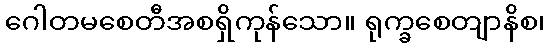
ဂေါတမစေတီအစရှိကုန်သော။ ရုက္ခစေတျာနိစ၊